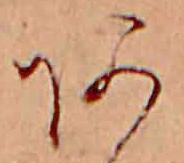
あ